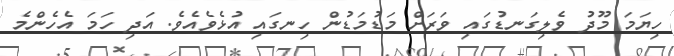
ހިޔަމަ މޫދު ވެލިގަނޑުގައި ވަރަށް މަޑުމަޑުން ހިނގައި އުޅެވެއެވެ. އަދި ހަމަ އެހެންމެ